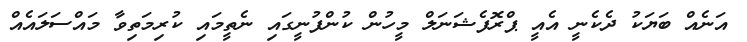
އަނެއް ބަޔަކު ދެކެނީ އެއީ ޕްރޮފެޝަނަލް މީހުން ކުންފުނީގައި ނެތީމައި ކުރިމަތިވާ މައްސަލައެއް